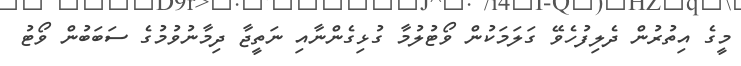
މީގެ އިތުރުން ދެލިފުހެވޭ ގަލަމަކުން ވޯޓުލުމާ ގުޅިގެންނާއި ނަތީޖާ ދިމާނުވުމުގެ ސަބަބުން ވޯޓު